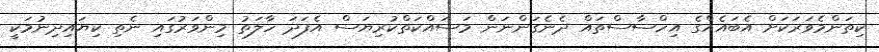
ކިތަންމެވަރަކަށް އެބައެއްގެ އިހްސާސްތައް ދެނެގަންނަން މަސައްކަތްކުރިޔަސް އެފަދަ ހާލަތު މިންވަރުގައި ނެތި ކިޔައިދިނުމަކީ